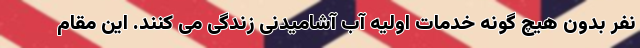
نفر بدون هیچ گونه خدمات اولیه آب آشامیدنی زندگی می کنند. این مقام